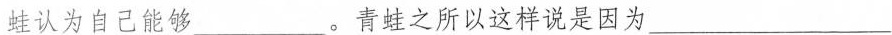
蛙认为自己能够___。青蛙之所以这样说是因为___